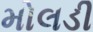
મોલડી